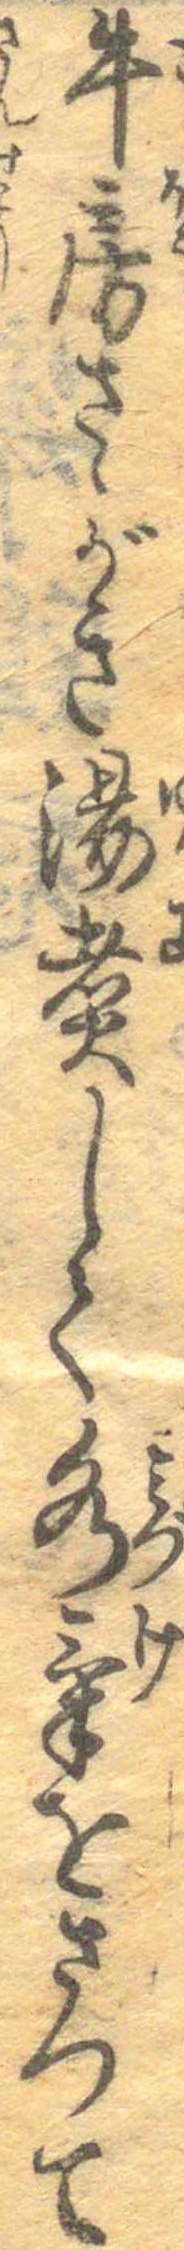
牛房さゝがき湯煮して水気をさつて